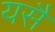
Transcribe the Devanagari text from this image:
यसै